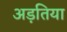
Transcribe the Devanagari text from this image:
अड़तिया